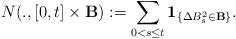
LaTeX: \begin{align*}N(., [0,t] \times {\bf B}):= \sum_{0< s \leq t} \textbf{1}_{\{\Delta B_s^2 \in {\bf B} \}}.\end{align*}